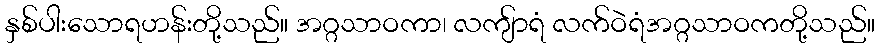
နှစ်ပါးသောရဟန်းတို့သည်။ အဂ္ဂသာဝကာ၊ လကျ်ာရံ လက်ဝဲရံအဂ္ဂသာဝကတို့သည်။